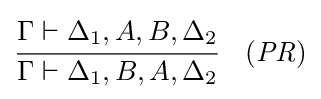
{\cfrac {\Gamma \vdash \Delta _{1},A,B,\Delta _{2}}{\Gamma \vdash \Delta _{1},B,A,\Delta _{2}}}\quad ({\mathit {PR}})